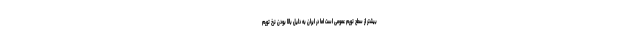
بیشتر از سطح تورم عمومی است اما در ایران به دلیل بالا بودن نرخ تورم